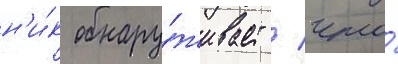
н'и́к обнару́живает / что́